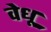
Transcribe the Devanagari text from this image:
वेधू